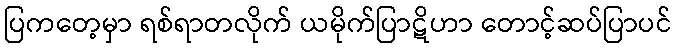
ပြကတေ့မှာ ရစ်ရာတလိုက် ယမိုက်ပြာဋိဟာ တောင့်ဆပ်ပြာပင်